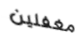
مغفلين